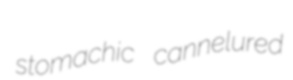
stomachic cannelured